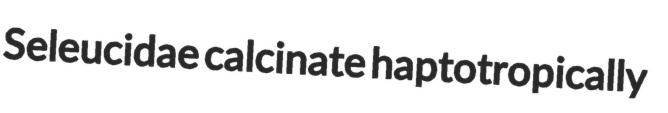
Seleucidae calcinate haptotropically